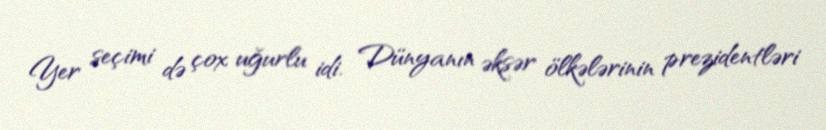
Yer seçimi də çox uğurlu idi. Dünyanın əksər ölkələrinin prezidentləri